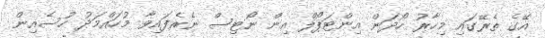
އޭގެ ތެރޭގައި މިހާރު ހޯދަން އިންޓަޕޯލް އިން ނޯޓިސް ނެރެފައިވާ މުހައްމަދު ހުސެއިން